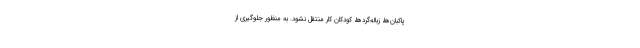
پاکبان‌ها، زباله‌گردها، کودکان کار منتقل نشود. به منظور جلوگیری از